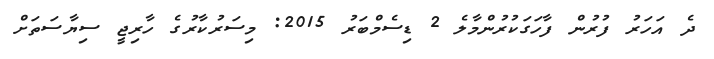
ދެ އަހަރު ފުރުން ފާހަގަކުރުންމާލެ 2 ޑިސެމްބަރު 2015: މިސަރުކާރުގެ ހާރިޖީ ސިޔާސަތަށް